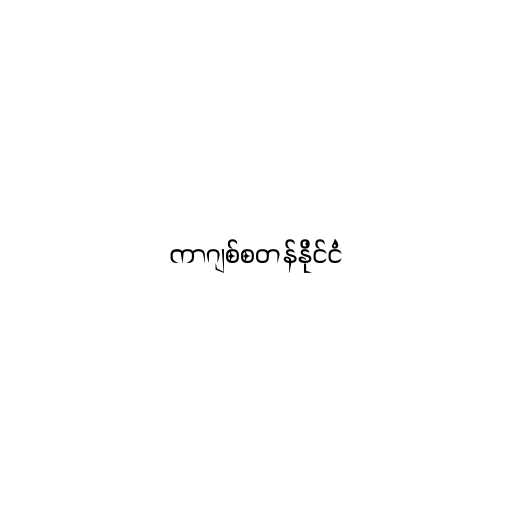
ကာဂျစ်စတန်နိုင်ငံ